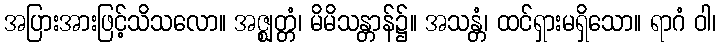
အပြားအားဖြင့်သိသလော။ အဇ္ဈတ္တံ၊ မိမိသန္တာန်၌။ အသန္တံ၊ ထင်ရှားမရှိသော။ ရာဂံ ဝါ၊